Martna_vallavalitsus, lk 47
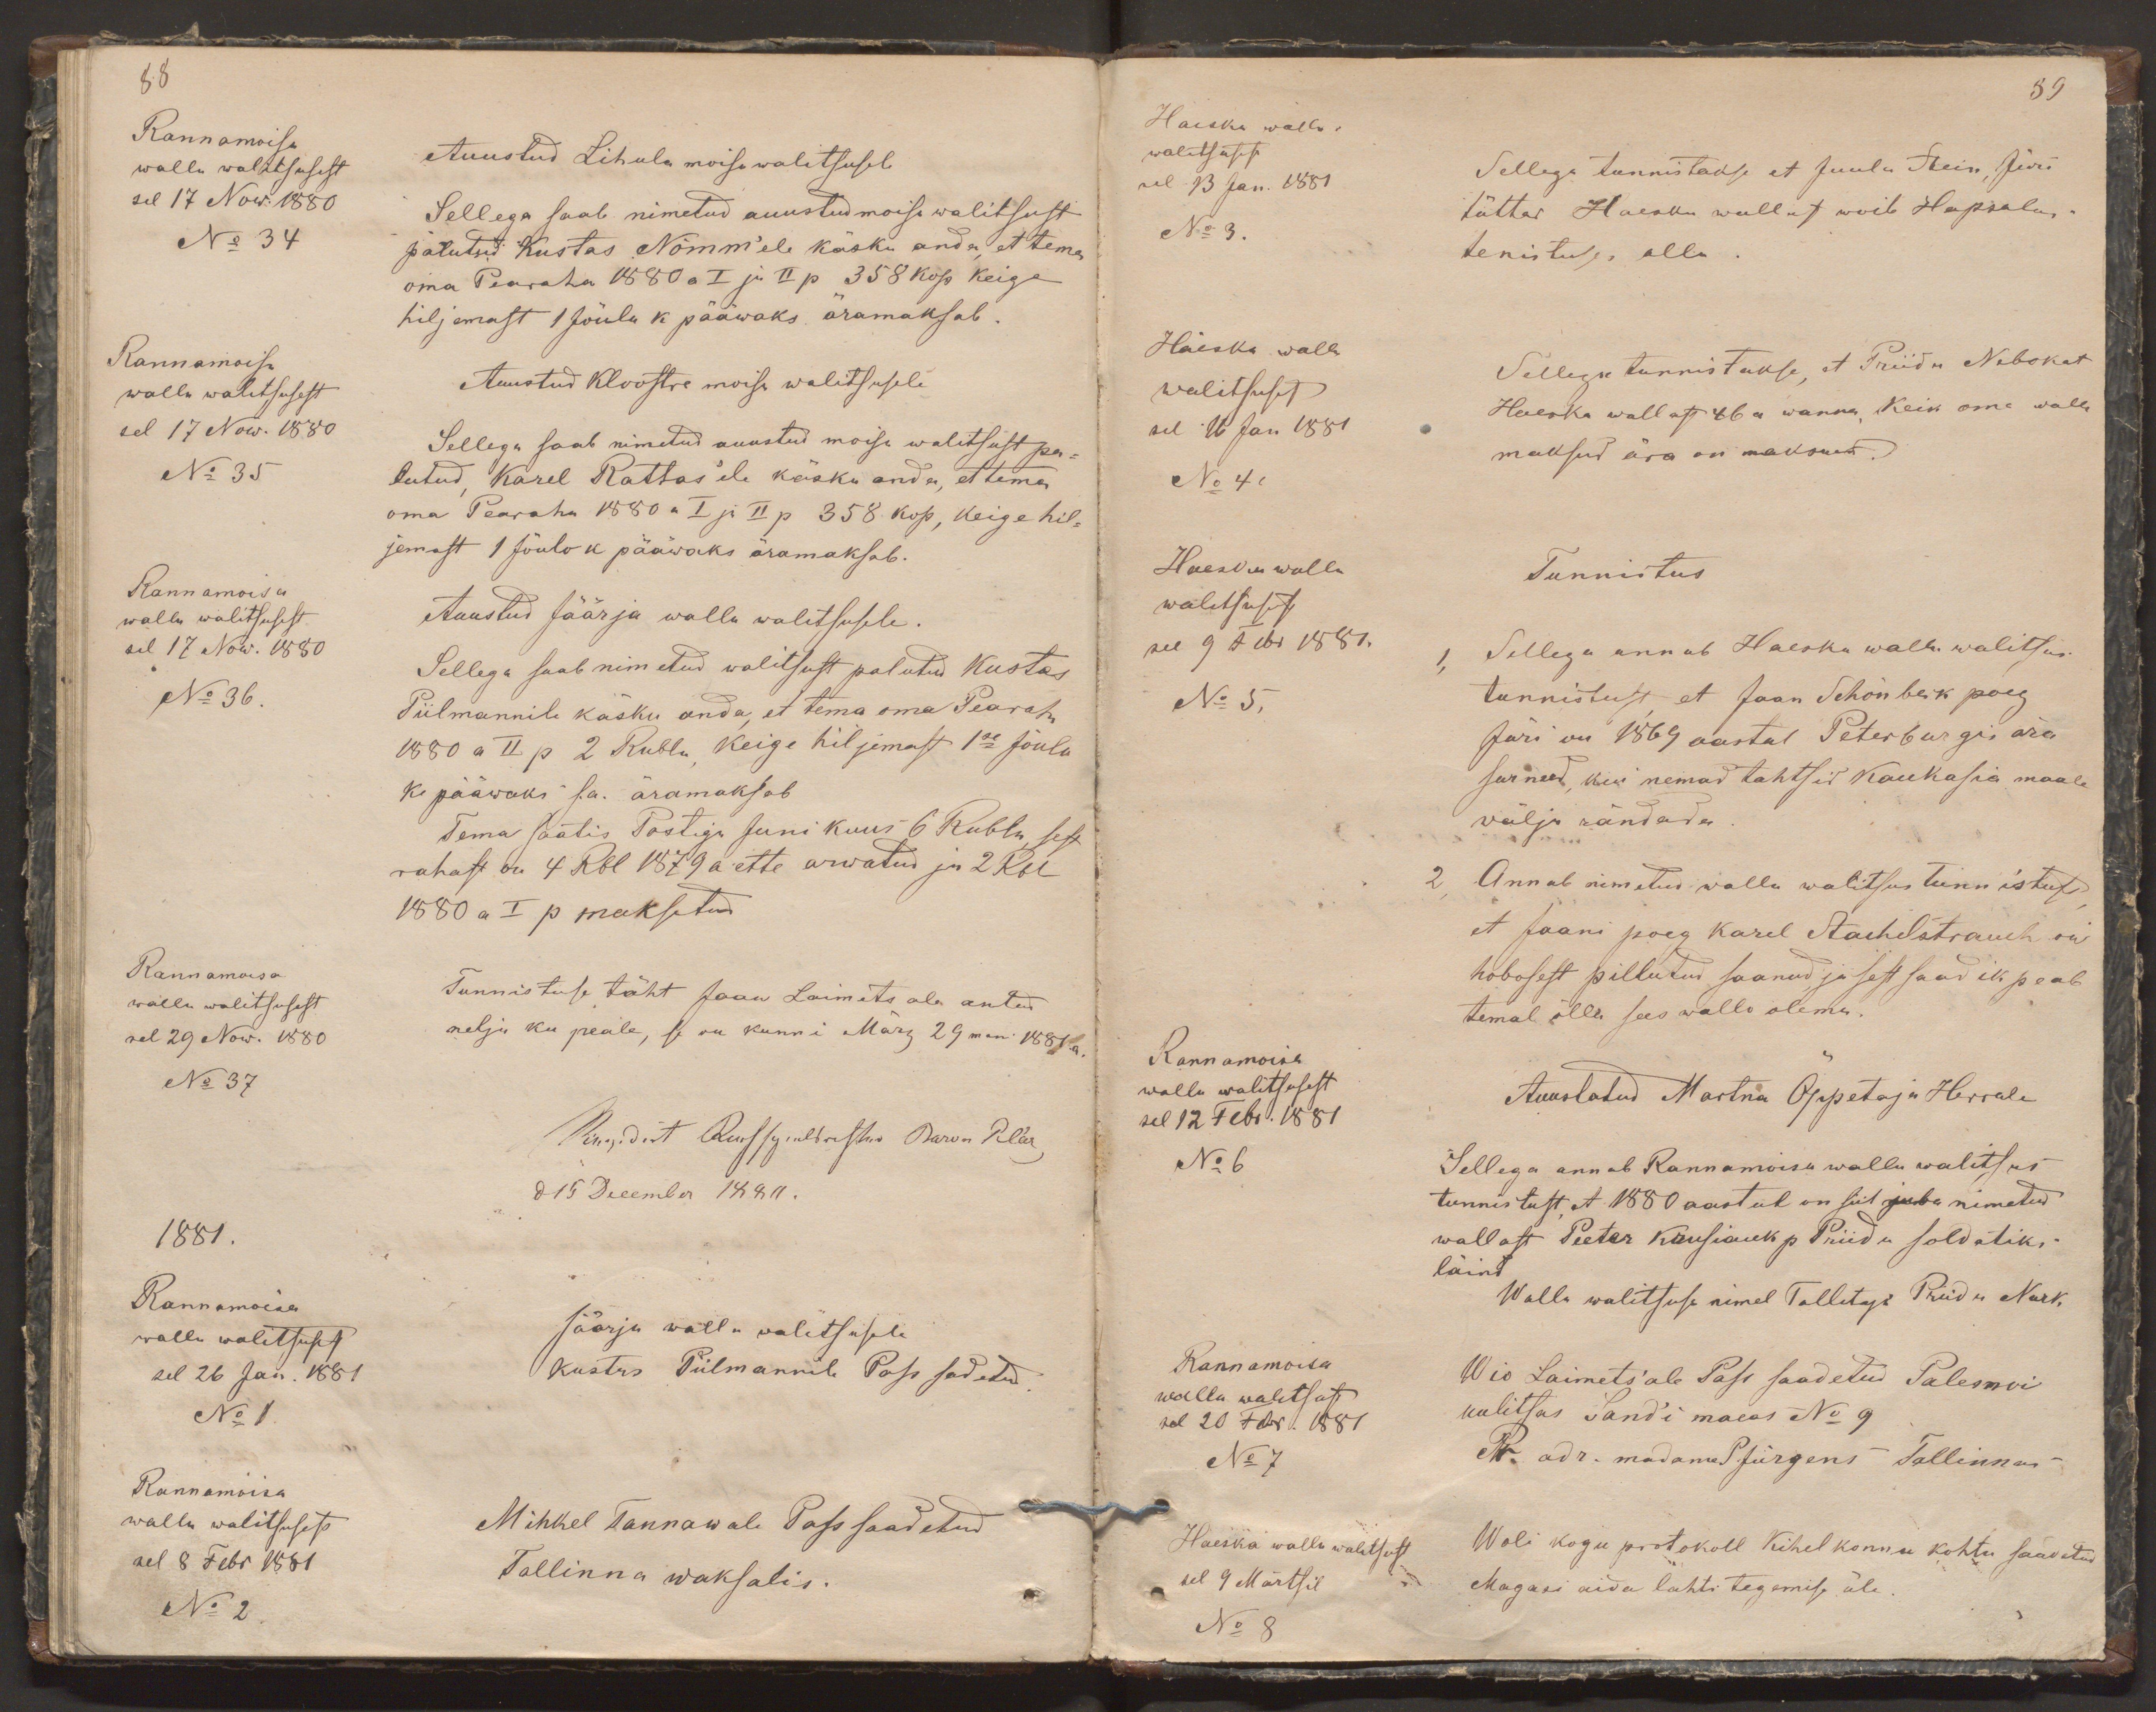
88
Rannamoisa
walla walitsusest
Auustud Lihula moisa walitsusele
sel 17 Now. 1880
Sellega saab nimetud auustud moisa walitsust
No 34
palutud Kustas Nõmm'ele käsku anda, et tema
oma Pearaha 1880 a I ja II p 358 kop keige
hiljemast 1 Jõulu k pääwaks äramaksab.
Rannamoisa
walla walitsusest
Auustud Kloostre moisa walitsusele
sel 17 Now. 1880
Sellega saab nimetud auustud moisa walitsust pa-
No 35
lutud, Karel Rattas'ele käsku anda, et tema
oma Pearaha 1880 a I ja II p 358 kop, keige hil-
jemast 1 Jõulo k pääwaks äramaksab.
Rannamoisa
walla walitsusest
Auustud Jäärja walla walitsusele.
sel 17 Now. 1880
Sellega saab nimetud walitsust palutud Kustas
No 36.
Piilmannile käsku anda, et tema oma Pearaha
1880 a II p 2 Rubla, keige hiljemast 1se Jõulu
k pääwaks s.a. äramaksab
Tema saatis Postiga Juni kuus 6 Rubla, sest
rahast on 4 Rbl 1879 a ette arwatud ja 2 Rbl
1880 a I p maksetud
Rannamoisa
walla walitsusest
Tunnistuse täht Jaan Laimets ale antud
sel 29 Now. 1880
nelja ku peale, se on kunni März 29man 1881 a.
No 37
Revidirt Kirchspielsrichter Baron Pilar
d 15 December 1880.
1881.
Rannamoisa
walla walitsusest
Jäärja walla walitsusele
sel 26 Jan. 1881
Kustas Piilmannile Pass sadetud.
No 1
Rannamõisa
walla walitsusest
Mihkel Tannawale Pass saadetud
sel 8 Febr 1881
Tallinna waksalis.
No 2

89
Haeska walla-
walitsusest
sel 13 Jan. 1881
Sellega tunnistakse et Juula Stein, Jüri
No 3.
tüttar Haeska wallast woib Hapsalus
tenistuses olla
Häeska walla
Sellega tunnistakse, et Priidu Nebokat
walitsusest
sel 16 Jan 1881
Haeska wallast 46 a wanna, keik oma walla
maksud ära on maksnud.
No 4.
Haeska walla
Tunnistus
walitsusest
sel 9 Febr 1881.
1, Sellega annab Haeska walla walitsus
No 5.
tunnistust, et Jaan Schönbeck poeg
Jüri on 1869 aastal Peterburgis ära
surnud, kui nemad tahtsid Kaukasia maale
wälja rändada.
2. Annab nimetud walla walitsus tunnistust
et Jaani poeg Karel Stachelstrauch on
hobosest pillutud saanud, ja sest saadik peab
temal õlla sees wallo olema.
Rannamoisa
walla walitsusest
sel 12 Febr. 1881
Auustatud Martna Õppetaja Herrale
No 6
Sellega annab Rannamoisa walla walitsus
tunnistust, et 1880 aastal on siit juba nimetud
wallast Peeter Krusiauk p Priidu soldatiks
läind
Walla walitsuse nimel Tallitaja Priidu Nurk
Rannamoisa
walla walitsust
Wio Laimets'ale Pass saadetud Palesnoi
sel 20 Febr. 1881
uulitsas Sand'i maeas No 9
No 7
Pr. adr. madame P. Jürgens Tallinnas
Haeska walla walitsust
Woli kogu protokoll Kihelkonna kohtu saadetud
sel 9 Märtsil
Magasi aida lahti tegemise üle
No 8